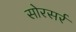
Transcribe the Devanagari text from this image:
सोरसर्र